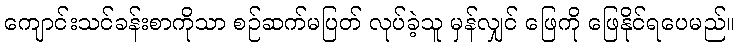
ကျောင်းသင်ခန်းစာကိုသာ စဉ်ဆက်မပြတ် လုပ်ခဲ့သူ မှန်လျှင် ဖြေကို ဖြေနိုင်ရပေမည်။